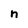
Character: n